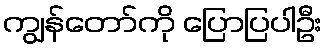
ကျွန်တော်ကို ပြောပြပါဦး